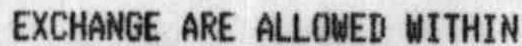
EXCHANGE ARE ALLOWED WITHIN